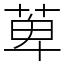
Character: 萆